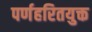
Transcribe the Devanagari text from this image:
पर्णहरितयुक्त